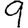
Digit: 9